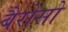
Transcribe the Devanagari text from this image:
बैरोसो